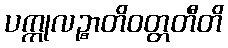
ပက္ကုလဉ္စာတိဝတ္တတီတိ